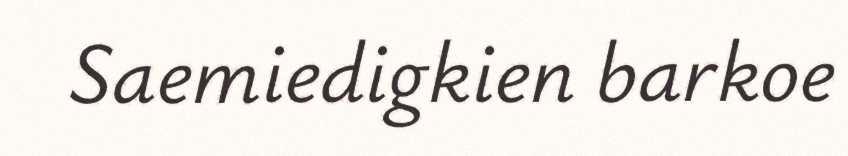
Saemiedigkien barkoe